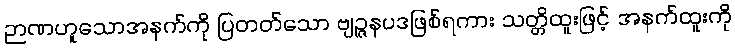
ဉာဏဟူသောအနက်ကို ပြတတ်သော ဗျဉ္ဇနပဒဖြစ်ရကား သတ္တိထူးဖြင့် အနက်ထူးကို